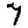
Digit: 7